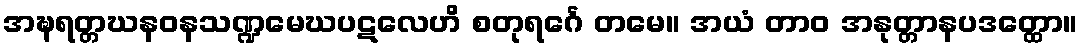
အဍ္ဎရတ္တဃနဝနသဏ္ဍမေဃပဋလေဟိ စတုရင်္ဂေ တမေ။ အယံ တာဝ အနုတ္တာနပဒတ္ထော။